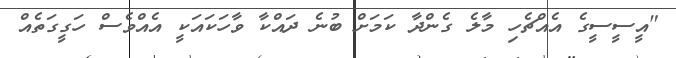
"އީސީސީގެ އެއްޗެހި މާލެ ގެންދާ ކަމަށް ބުނެ ދައްކާ ވާހަކައަކީ އެއްވެސް ހަގީގަތެއް